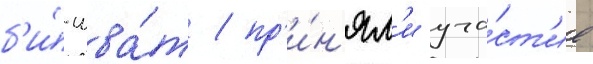
б'и́-шва́т / пр'и́н'ял'и уча́ст'ие